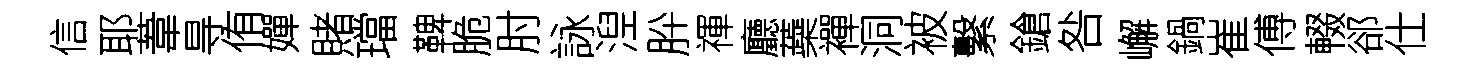
信耶葦㝵侑嬋賭璫鞞脆肘詠湼肸禈廳蘃襌洞被繫鎗咎嶰鍋崔傅輟郤仕